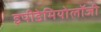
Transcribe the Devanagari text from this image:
इपीडेमियोलॉजी